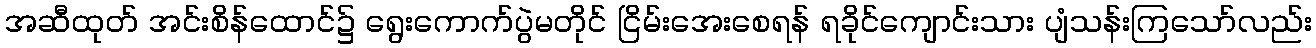
အဆီထုတ် အင်းစိန်ထောင်၌ ရွေးကောက်ပွဲမတိုင် ငြိမ်းအေးစေရန် ရခိုင်ကျောင်းသား ပျံသန်းကြသော်လည်း